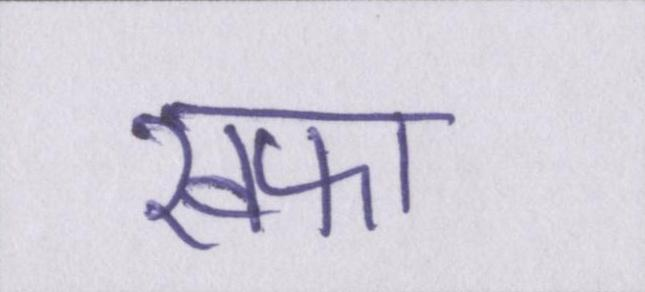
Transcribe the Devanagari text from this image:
खफा